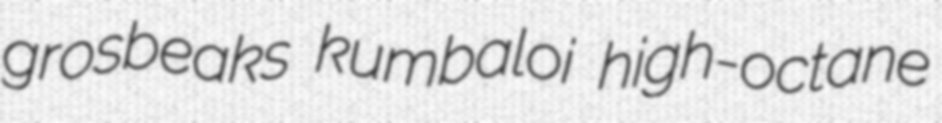
grosbeaks kumbaloi high-octane